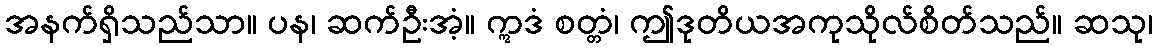
အနက်ရှိသည်သာ။ ပန၊ ဆက်ဦးအံ့။ ဣဒံ စတ္တံ၊ ဤဒုတိယအကုသိုလ်စိတ်သည်။ ဆသု၊